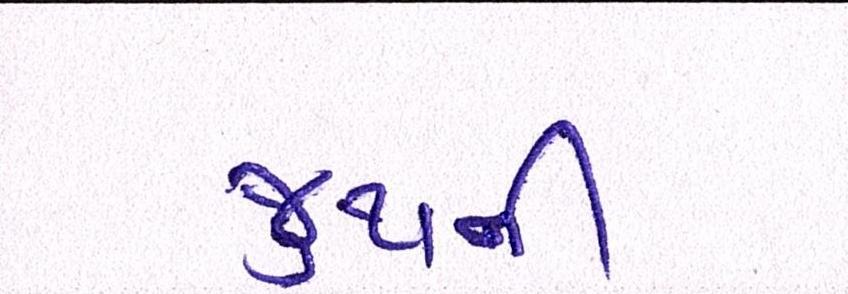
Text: જુથની